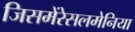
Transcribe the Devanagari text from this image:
जिसमेंरेसलमेनिया